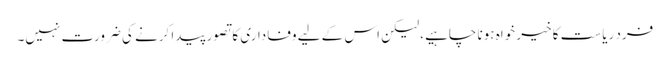
فرد ریاست کا خیر خواہ ہونا چاہیے، لیکن اس کے لیے وفاداری کا تصور پیدا کرنے کی ضرورت نہیں۔